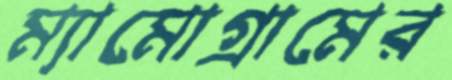
ম্যামোগ্রামের